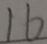
1 6